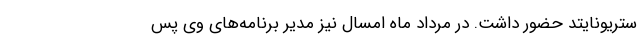
ستریونایتد حضور داشت. در مرداد ماه امسال نیز مدیر برنامه‌های وی پس